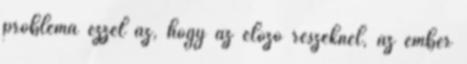
probléma ezzel az, hogy az előző részeknél, az ember